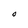
Character: O